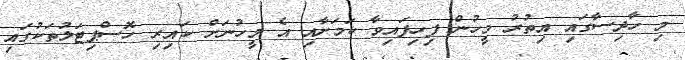
މި ހާދިސާގައި އިތުރު މީހުން ފިހިފައިވާ ކަމަށާއި އެ މީހުނަށް ކައިރި ހޮސްޕިޓަލުތަކުގައި